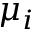
\mu _ { i }